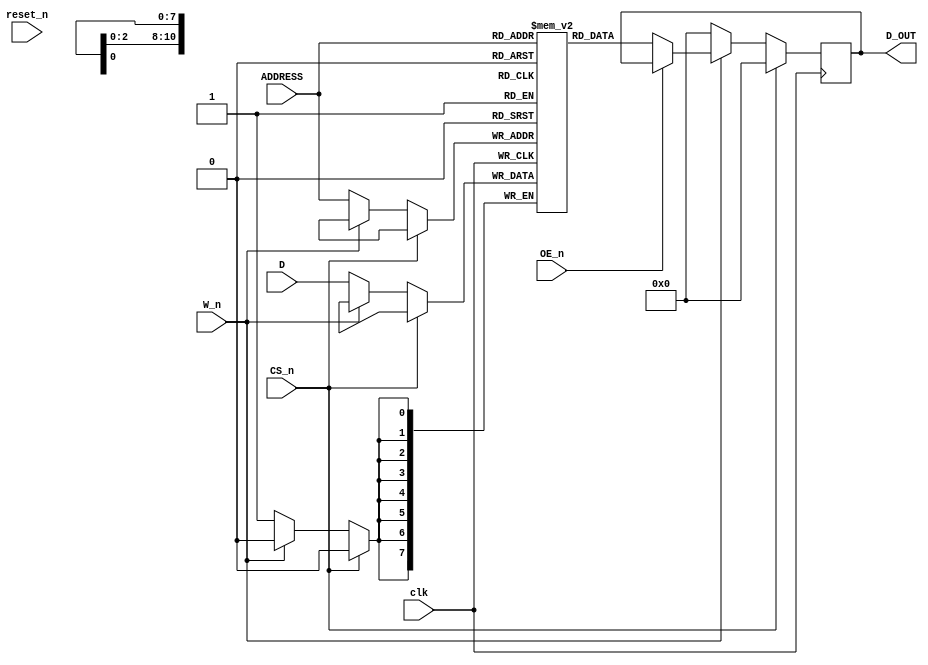
// This program was cloned from: https://github.com/RonnyA/nd-120
// License: MIT License

/******************************************************************************
 **  TMM2018D_25 | 16K bit Static RAM (Cache)                               **
 *****************************************************************************/

module TMM2018D_25(
   input wire    clk, // Clock input (needed for BLOCK RAM)
   input wire    reset_n, // FPGA Reset input (active low)

   input wire [10:0] ADDRESS, // 11 bits address
   input wire        CS_n,
   input wire        OE_n,
   input wire        W_n,
   input wire [7:0]  D,
   output reg [7:0]  D_OUT
   );

integer i;

     
/*******************************************************************************
** Memory array using block RAM                                               **
*******************************************************************************/
(* ram_style = "block" *) reg [7:0] memory_array [0:2047]; // 2^11 addresses, each 8-bit wide

   
always @(posedge clk) begin

   if (!reset_n) begin
         /* verilator lint_off BLKSEQ */

         // BLOCK RAM DOESNT SUPPORT INITIALISATION
         
         // Reset operation: set all memory locations to 0                
         //for (i = 0; i < 2047; i = i + 1) begin
         //   memory_array[i] = 8'b00000000; // none delayed initialisation
         //end               
         /* verilator lint_on BLKSEQ */
   end

   if (!CS_n) begin
      if (!W_n) begin
         // Write operation: active when chip is selected and write enable is low
         memory_array[ADDRESS] <= D;
         D_OUT = 8'b0; // High-impedance state after write
      end else if (!OE_n) begin
         // Read operation: active when chip is selected and output enable is low
         D_OUT = memory_array[ADDRESS];
      end        
   end else begin
      D_OUT = 8'b0; // High-impedance state when not selected
   end        

end    


endmodule